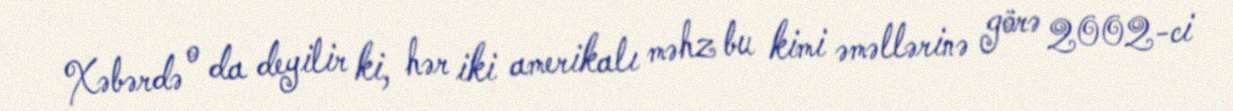
Xəbərdə o da deyilir ki, hər iki amerikalı məhz bu kimi əməllərinə görə 2002-ci